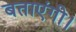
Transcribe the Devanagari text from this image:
बताएंगी।